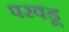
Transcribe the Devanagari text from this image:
परवडू